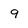
Character: 9